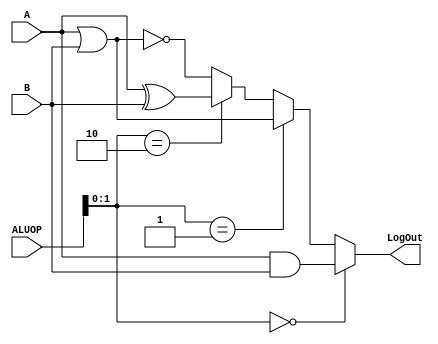
`timescale 1ns / 1ps
//////////////////////////////////////////////////////////////////////////////////
// Company: 
// Engineer: 
// 
// Design Name: 
// Module Name: Log
// Project Name: 
// Target Devices: 
// Tool Versions: 
// Description: 
// 
// Dependencies: 
// 
// Revision:
// Revision 0.01 - File Created
// Additional Comments:
// 
//////////////////////////////////////////////////////////////////////////////////


module Log( input [31:0] A,B,
            input [3:0] ALUOP,
            output [31:0] LogOut);

    wire [31:0] ANDO, ORO, XORO, NORO;            
    
    assign ANDO = A & B;
    assign ORO = A | B;
    assign XORO = A ^ B;
    assign NORO = ~(A | B);        
            
    assign LogOut = (ALUOP[1:0] == 2'b00) ? ANDO :   
                    (ALUOP[1:0] == 2'b01) ? ORO  :
                    (ALUOP[1:0] == 2'b10) ? XORO :
                                            NORO;
            
endmodule